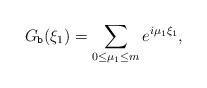
LaTeX: \begin{align*} G_{\texttt{b}} (\xi_1)=\sum_{0\leq\mu_1\leq m} e^{i\mu_1\xi_1} ,\end{align*}